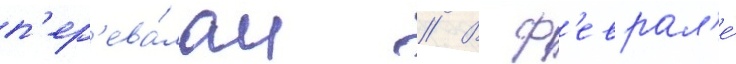
п'ер'ева́лам // В ф'еврал'е́